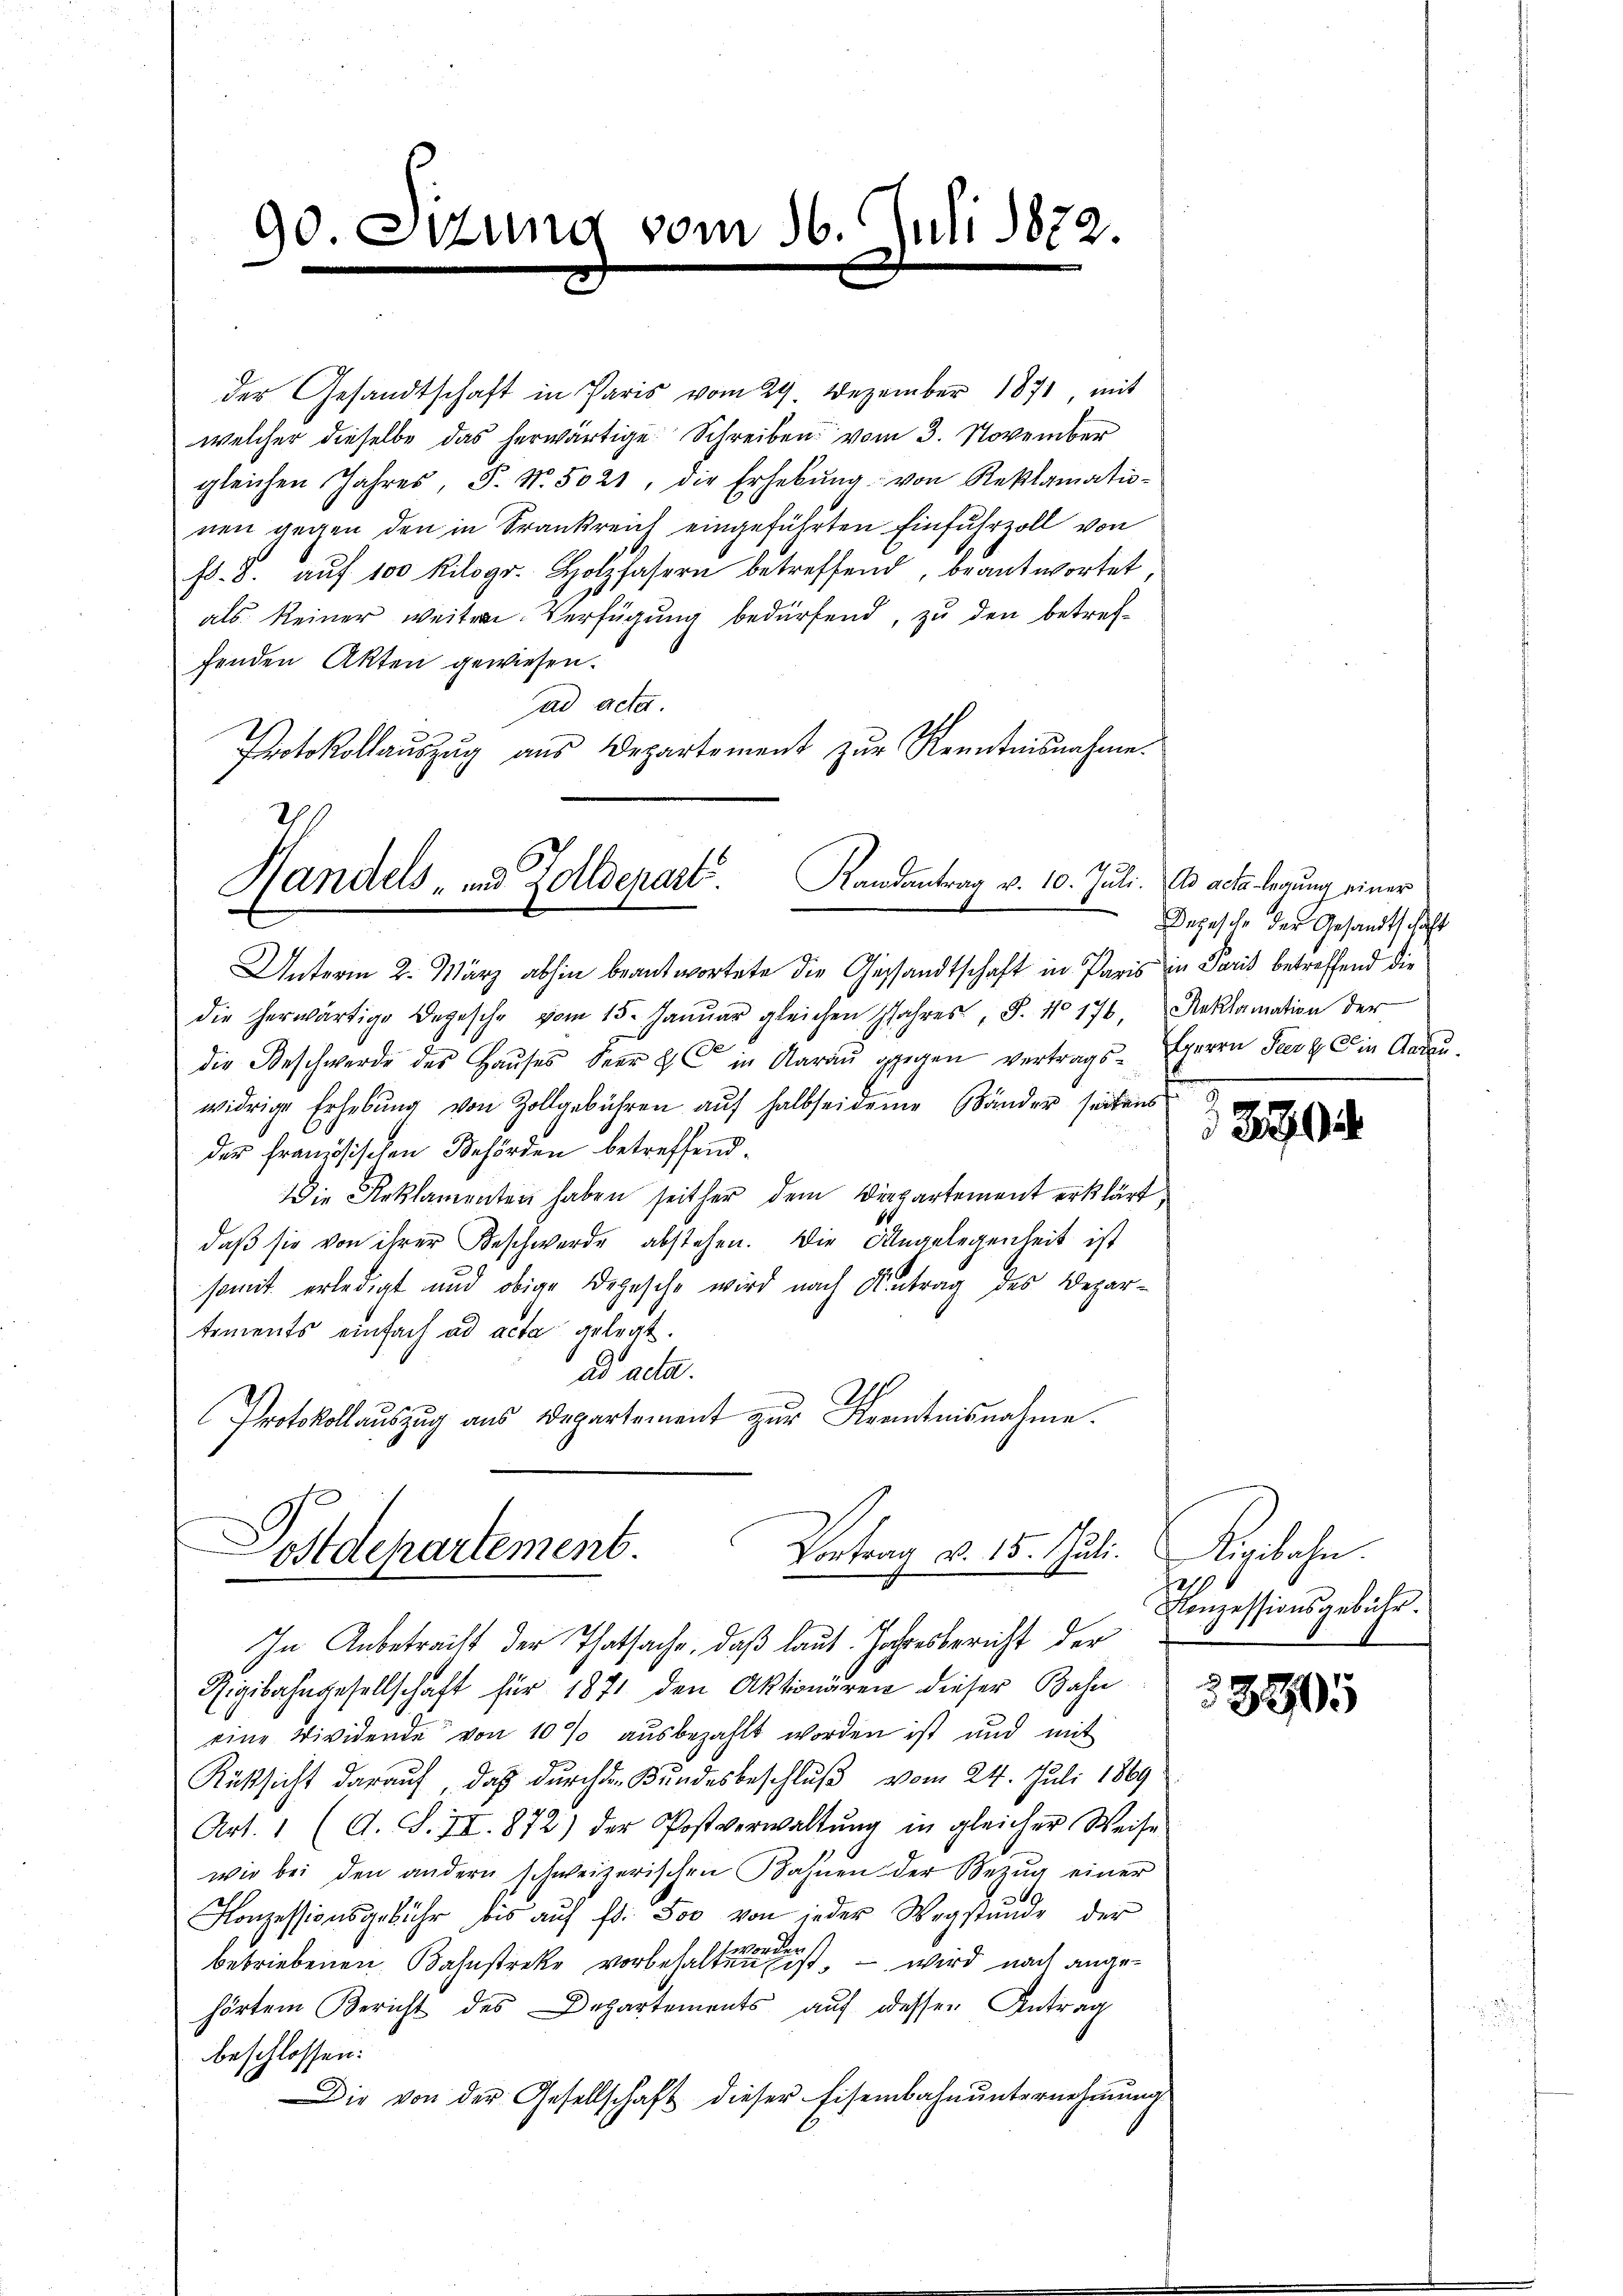
90.

.

der Gesandtschaft in Paris vom 29. Dezember 1871, mit
welcher dieselbe das herwärtige Schreiben vom 3. November
gleichen Jahres, P. Nr. 5021, die Erhebŭng von Reklamatio-
nen gegen den in Frankreich eingeführten Einfuhrzoll von
fd. 8. aŭf 100 Kilogr. Holzfasern betreffend, beantwortet,
als keiner weitere Verfügung bedürfend, zu den betreffenden Akten gewiesen.
ad acta.
Protokollaŭszŭg aŭs Departement zŭr Renntnisnahme.

Unterm 2. März abhin beantwortete die Gesandtschaft in Paris in Paris betreffend die
die herwärtige Depesche vom 15. Januar gleichen Jahres, S. 10176, Reklamation der
die Beschwerde des Haŭses beer & in Aarau gegen vertrags- Herrn Seerg ein Garan.
widrige Erhebung von Zollgebühren auf halbseideme Bänder seitens
der französischen Behörden betreffend¬
Die Reklamenten haben seither dem Diepartement erklärt,
daß sie von ihrer Beschwerde abstehen. Die Angelegenheit ist
somit erledigt und obige Depesche wird nach Antrag des Departements einfach ad acta gelegt.
ad acta.
Protokollauszug aus Departement zur Kenntnisnahme.

m 16. Juli 1822
e

Randantrag v. 10. Juli. Ad acta legung einer
Handels- und Zolldepart.

Postdepartement. Vortrag v. 15. Juli.
In Anbetracht der Thatsache, daß laut. Jahresbericht der

Rigibahngesellschaft für 1871 den Aktionären dieser Bahn
eine Dividende von 10 % ausbezahlt worden ist und mit
Rücksicht darauf, daß durch den Bundesbeschluß vom 24. Juli 1869
Art. 1 (A. S. II. 872) der Postverwaltŭng in gleicher Weise
wie bei den andern schweizerischen Bahnen der Bezug einer
Konzessionsgebühr bis aŭf fr. Soo von jeder Wegstunde der
betriebenen Bahnstreke vorbehalten ist, – wird nach angehörtem Bericht des Departements auf dessen Antrag
beschlossen:
Die von der Gesellschaft dieser Eisenbahnunternehmung

Depesche der Gesandtschaft

3994

Aigibahn.
Konzessionsgebüche.

53805